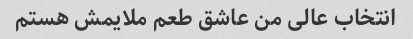
انتخاب عالی من عاشق طعم ملایمش هستم